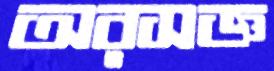
অরসজ্ঞ